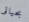
بحياتى